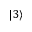
| 3 \rangle